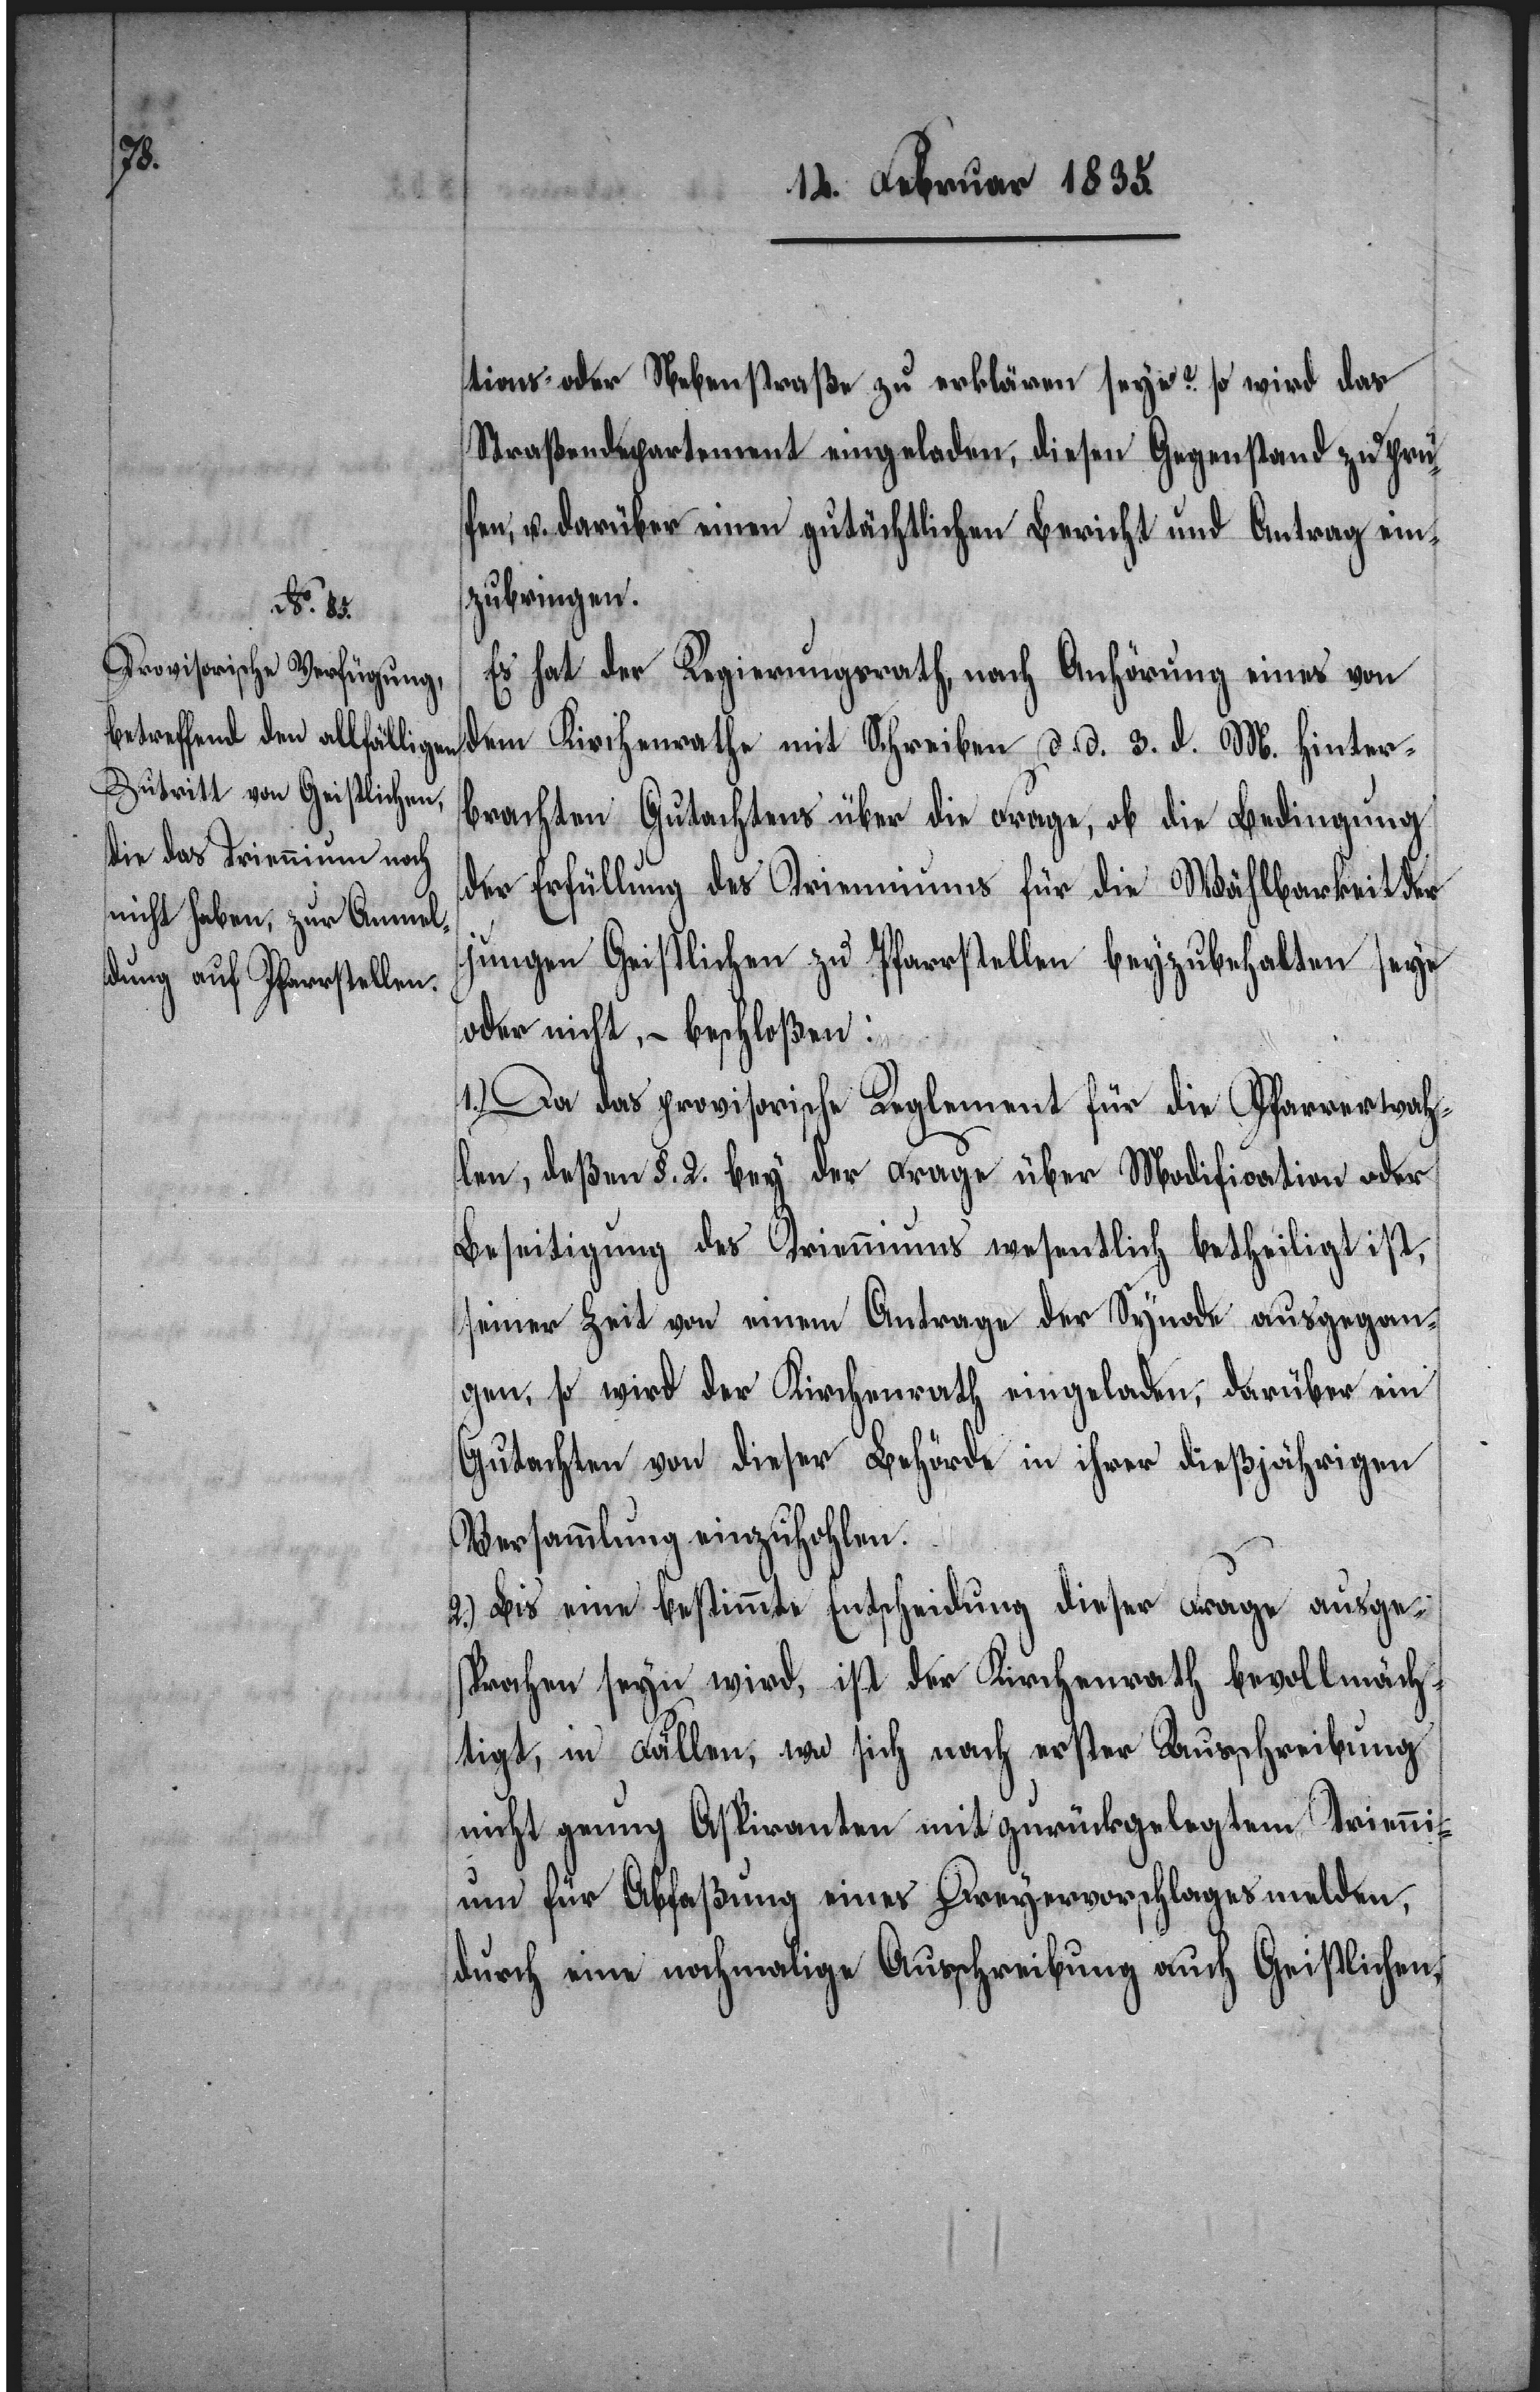
tions- oder Nebenstraße zu erklären seye? So wird das
Straßendepartement eingeladen, diesen Gegenstand zu prü¬
fen u. darüber einen gutächtlichen Bericht und Antrag ein¬
zubringen.
Es hat der Regierungsrath, nach Anhörung eines von
dem Kirchenrathe mit Schreiben d. d. 3. d. M. hinter¬
brachten Gutachtens über die Frage, ob die Bedingung
der Erfüllung des Trienniums für die Wählbarkeit der
jungen Geistlichen zu Pfarrstellen beyzubehalten seye
oder nicht, – beschloßen:
1.) Da das provisorische Reglement für die Pfarrerwah¬
len, deßen §. 2. bey der Frage über Modification oder
Beseitigung des Trienniums wesentlich betheiligt ist,
seiner Zeit von einem Antrage der Synode ausgegan¬
gen, so wird der Kirchenrath eingeladen, darüber ein
Gutachten von dieser Behörde in ihrer dießjährigen
Versammlung einzuhohlen.
2.) Bis eine bestimmte Entscheidung dieser Frage ausge¬
sprochen seyn wird, ist der Kirchenrath bevollmäch¬
tigt, in Fällen, wo sich nach erster Ausschreibung
nicht genug Aspiranten mit zurückgelegtem Trienni¬
um für Abfaßung eines Dreyervorschlages melden,
durch eine nochmahlige Ausschreibung auch Geistlichen,